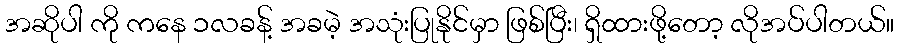
အဆိုပါ ကို ကနေ ၁လခန့် အခမဲ့ အသုံးပြုနိုင်မှာ ဖြစ်ပြီး၊ ရှိထားဖို့တော့ လိုအပ်ပါတယ်။